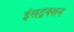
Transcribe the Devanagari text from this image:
इंसट्रक्शन